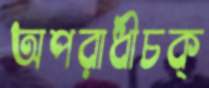
অপরাধীচক্